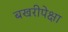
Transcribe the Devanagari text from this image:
बखरीपेक्षा